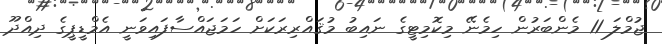
ޖުމްލަ 11 މެންބަރުން ހިމެނޭ މިކޮމިޓީގެ ނައިބު މުޤައްރިރަކަށް ހަމަޖައްސާފައިވަނީ އެމްޑީޕީގެ ދިއްދޫ